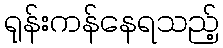
ရုန်းကန်နေရသည့်